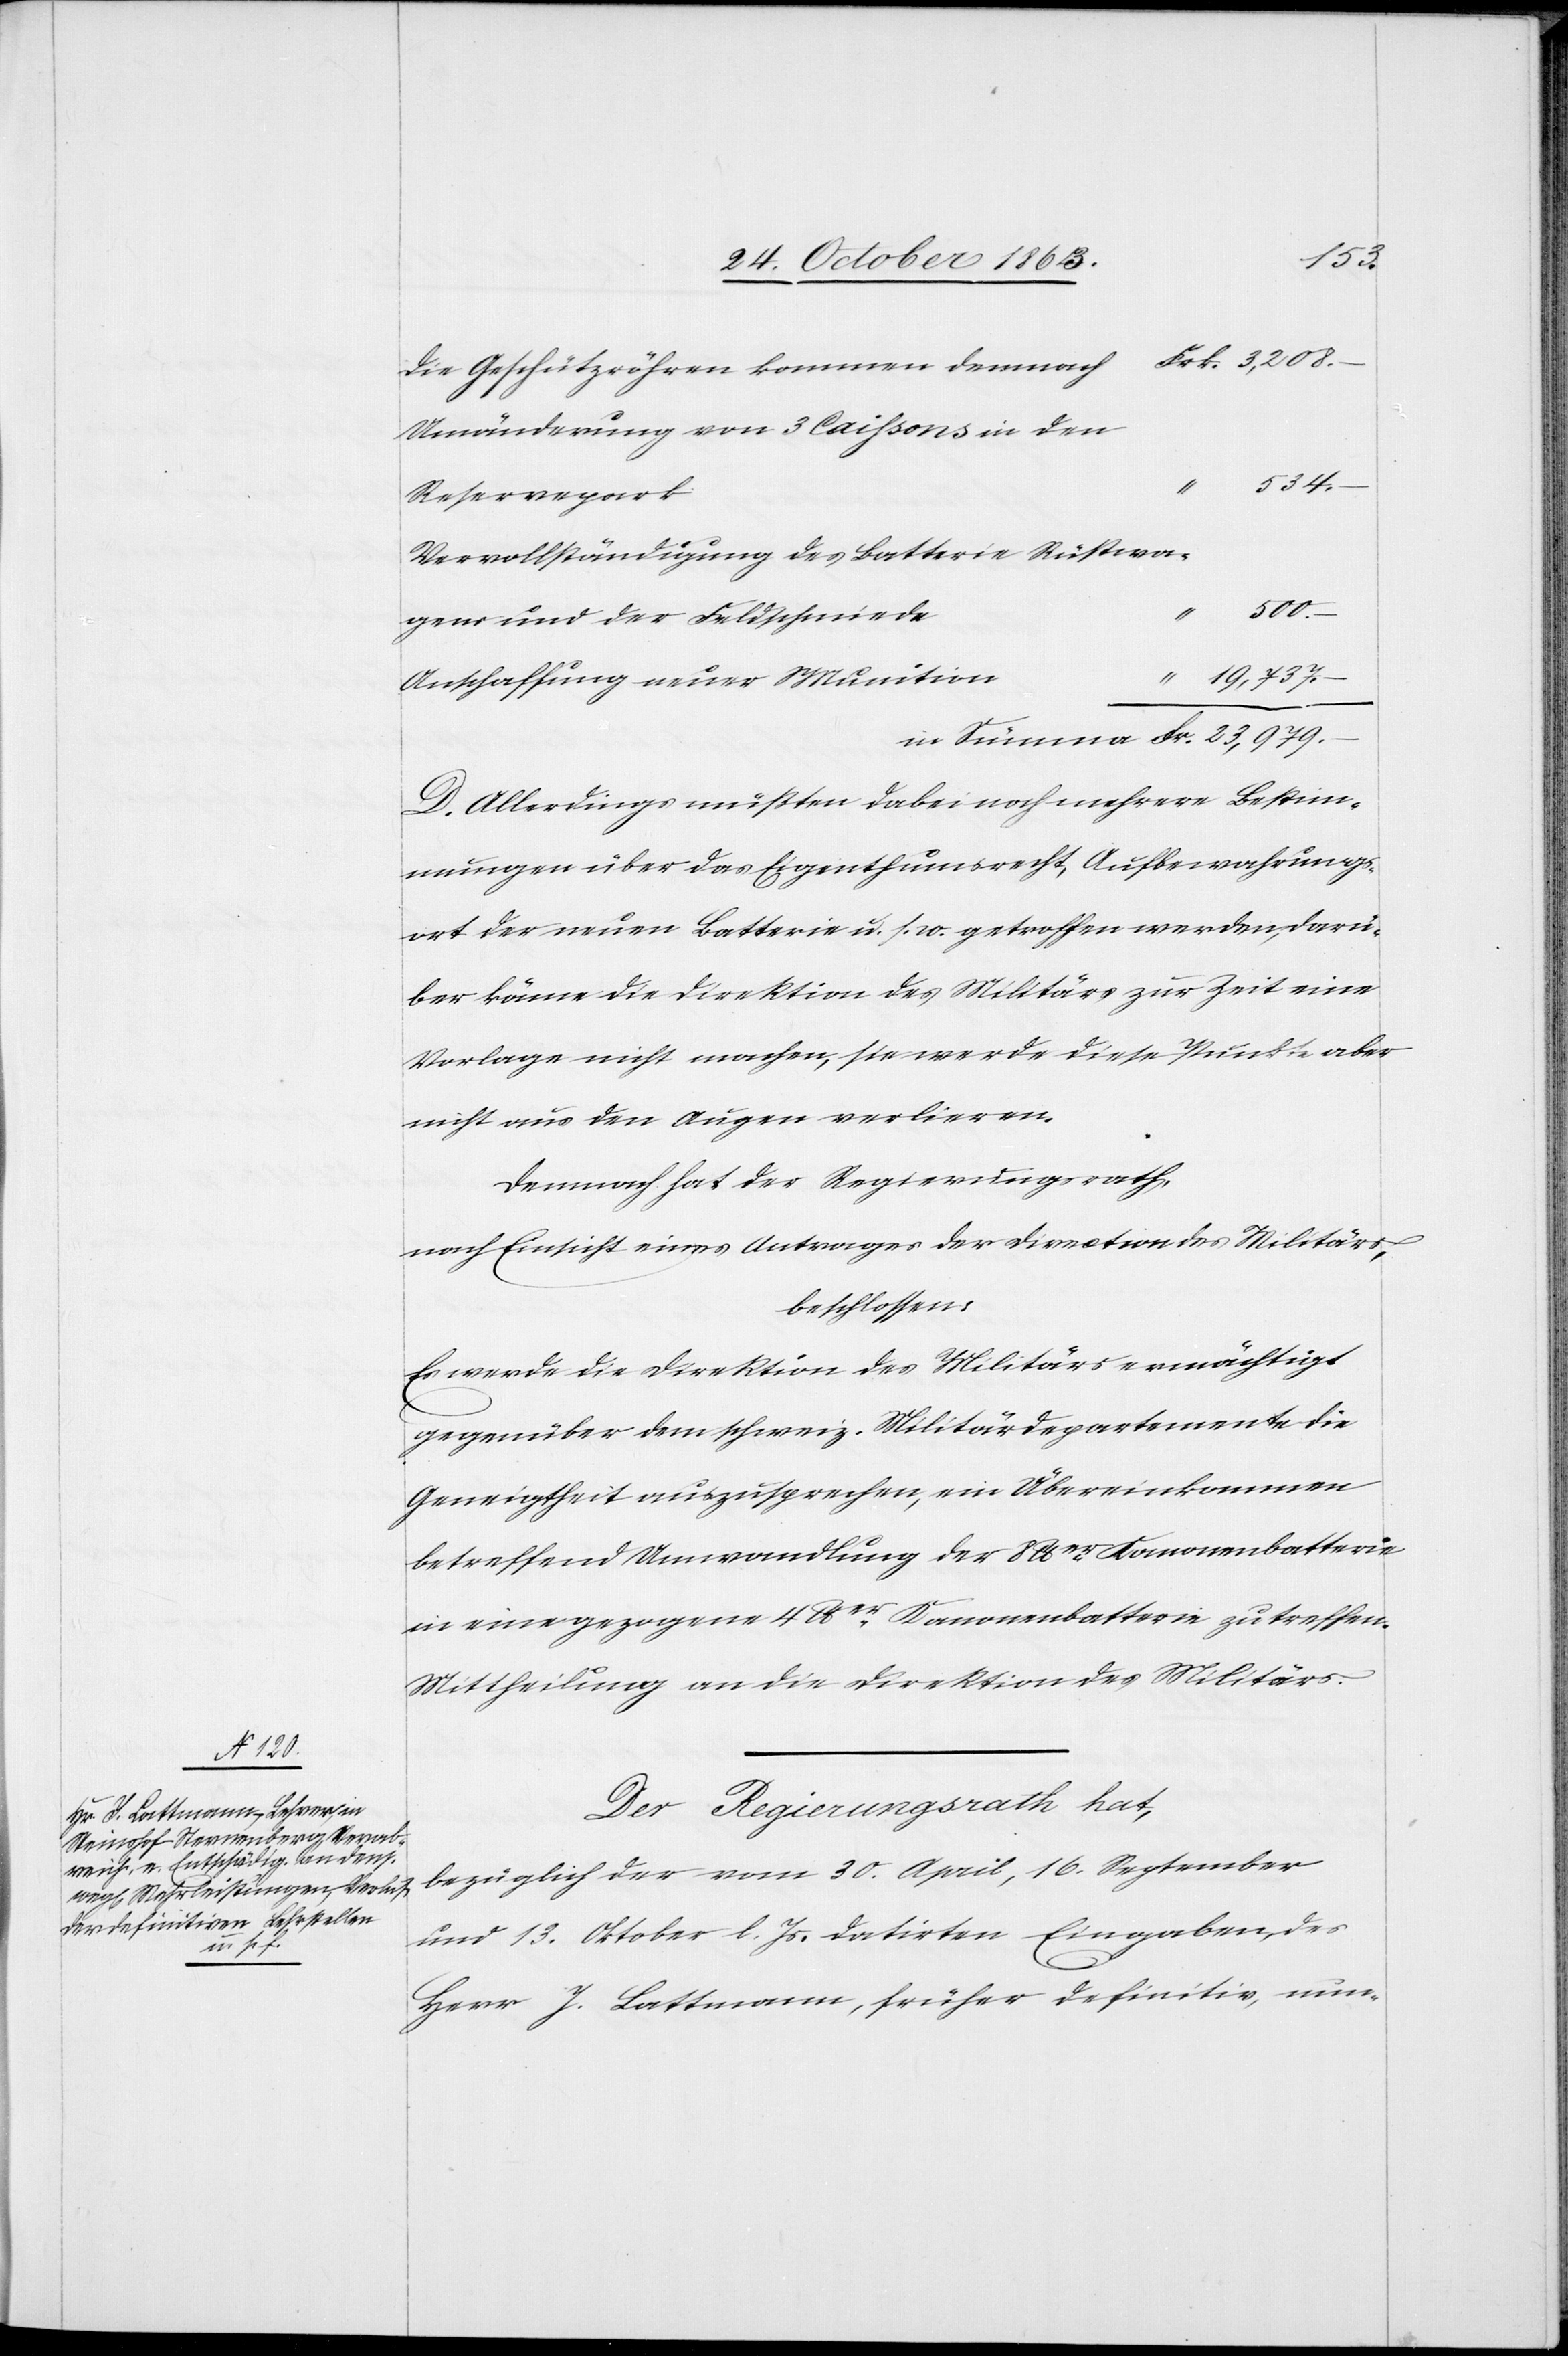
534.
Die Geschützröhren kommen demnach
Umänderung von 3 Caissons in den
Reservepark
Vervollständigung des Batterie Rüstwa¬
500.
–
gens und der Feldschmiede
19,737.
Anschaffung neuer Munition
–
D. Allerdings müßten dabei noch mehrere Bestim¬
mungen über das Eigenthumsrecht, Aufbewahrungs¬
ort der neuen Batterie u. s. w. getroffen werden, darü¬
ber könne die Direktion des Militärs zur Zeit eine
Vorlage nicht machen, sie werde diese Punkte aber
nicht aus den Augen verlieren.
Demnach hat der Regierungsrath,
nach Einsicht eines Antrages der Direktion des Militärs,
beschlossen:
Es werde die Direktion des Militärs ermächtigt
gegenüber dem schweiz. Militärdepartemente die
Geneigtheit auszusprechen, ein Übereinkommen
betreffend Umwandlung der 8 lber Kanonenbatterie
in eine gezogene 4 lber Kanonenbatterie zu treffen.
Mittheilung an die Direktion des Militärs.
Der Regierungsrath hat,
bezüglich der vom 30. April, 16. September
und 13. Oktober l. Js. datirten Eingaben, des
Herr J. Lattmann, früher definitiv, nun-